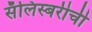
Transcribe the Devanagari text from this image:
सॅलिस्बरीची